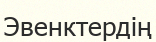
Эвенктердің